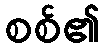
စစ်၏